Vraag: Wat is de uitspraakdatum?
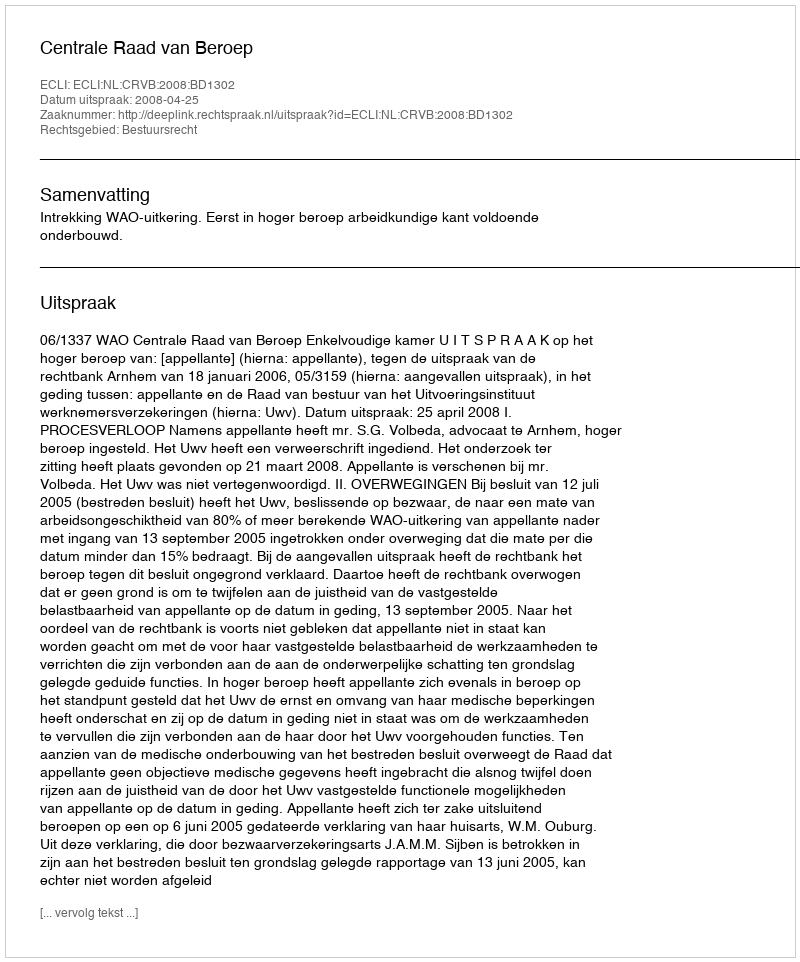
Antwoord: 2008-04-25